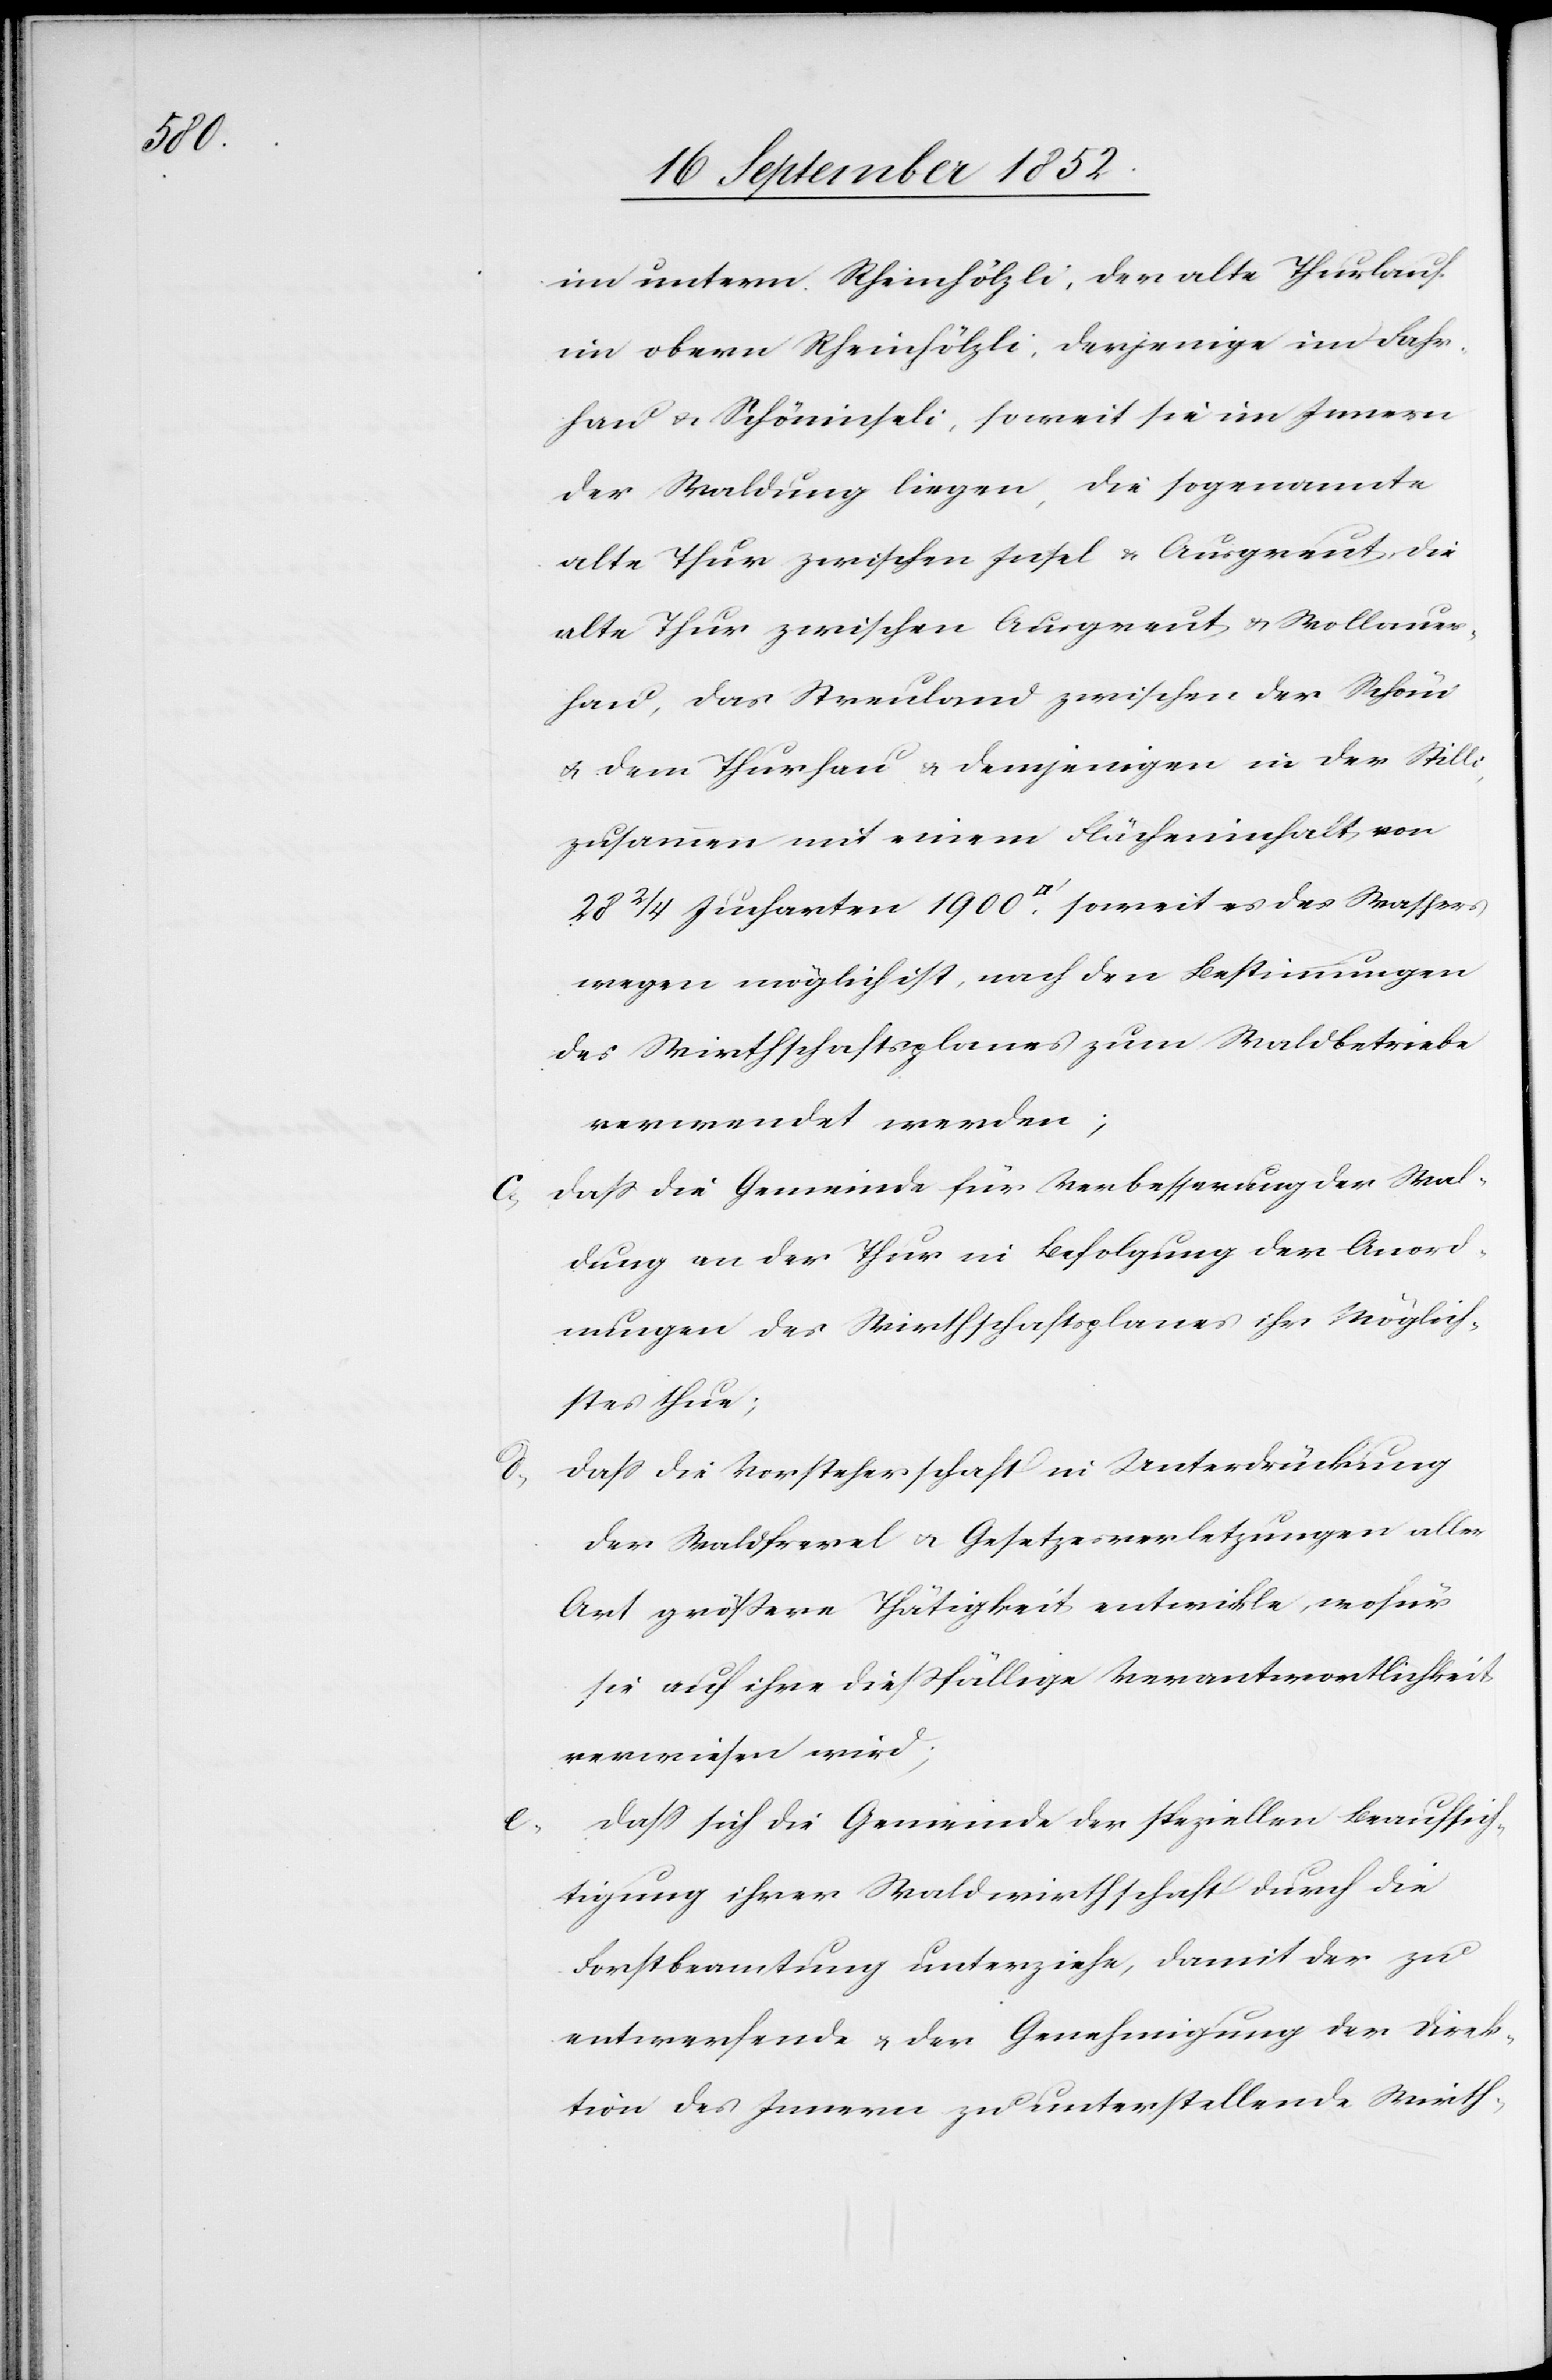
im untern Rheinhölzli, der alte Thurlauf
im obern Rheinhölzli, derjenige im Fahr¬
hau & Schöninseli, soweit sie im Innern
der Waldung liegen, die sogenannte
alte Thur zwischen Insel & Ausgreut, die
alte Thur zwischen Ausgreut & Wollauer¬
hau, das Streuland zwischen der Schöni
& dem Thurhau & demjenigen in der Stilli,
zusammen mit einem Flächeninhalt von
28 2/4 Jucharten 1900 [Quadratfuß], soweit es des Wassers
wegen möglich ist, nach den Bestimmungen
des Wirthschaftsplanes zum Waldbetriebe
verwendet werden;
dass die Gemeinde für Verbesserung der Wal¬
dung an der Thur in Befolgung der Anord¬
nungen des Wirthschaftsplanes ihr Möglich¬
stes thue;
dass die Vorsteherschaft in Unterdrückung
der Waldfrevel & Gesetzesverletzungen aller
Art größere Thätigkeit entwickle, wofür
sie auf ihre diessfällige Verantwortlichkeit
verwiesen wird;
dass sich die Gemeinde der speziellen Beaufsich¬
tigung ihrer Waldwirthschaft durch die
Forstbeamtung unterziehe, damit der zu
entwerfende & der Genehmigung der Direk¬
tion des Innern zu unterstellende Wirth-